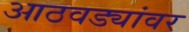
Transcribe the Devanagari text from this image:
आठवड्यांवर